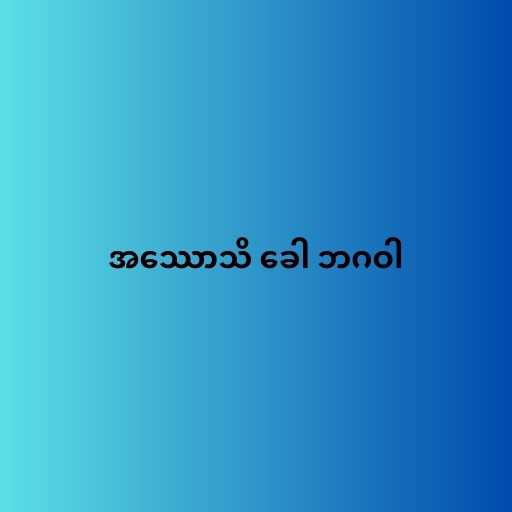
အဿောသိ ခေါ ဘဂဝါ